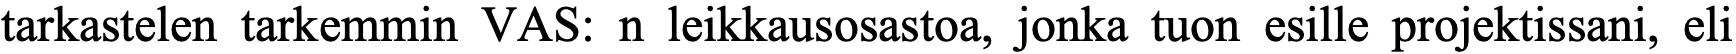
tarkastelen tarkemmin VAS: n leikkausosastoa, jonka tuon esille projektissani, eli